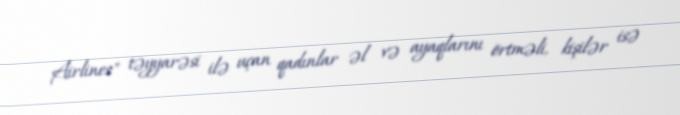
Airlines" təyyarəsi ilə uçan qadınlar əl və ayaqlarını örtməli, kişilər isə